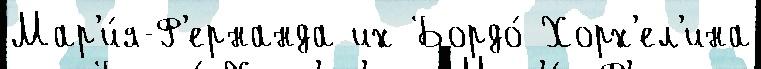
Мар'и́я-Ф'ернанда их Бордо́ Хорх'ел'ина